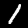
Label: 1